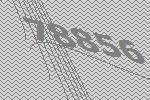
78856